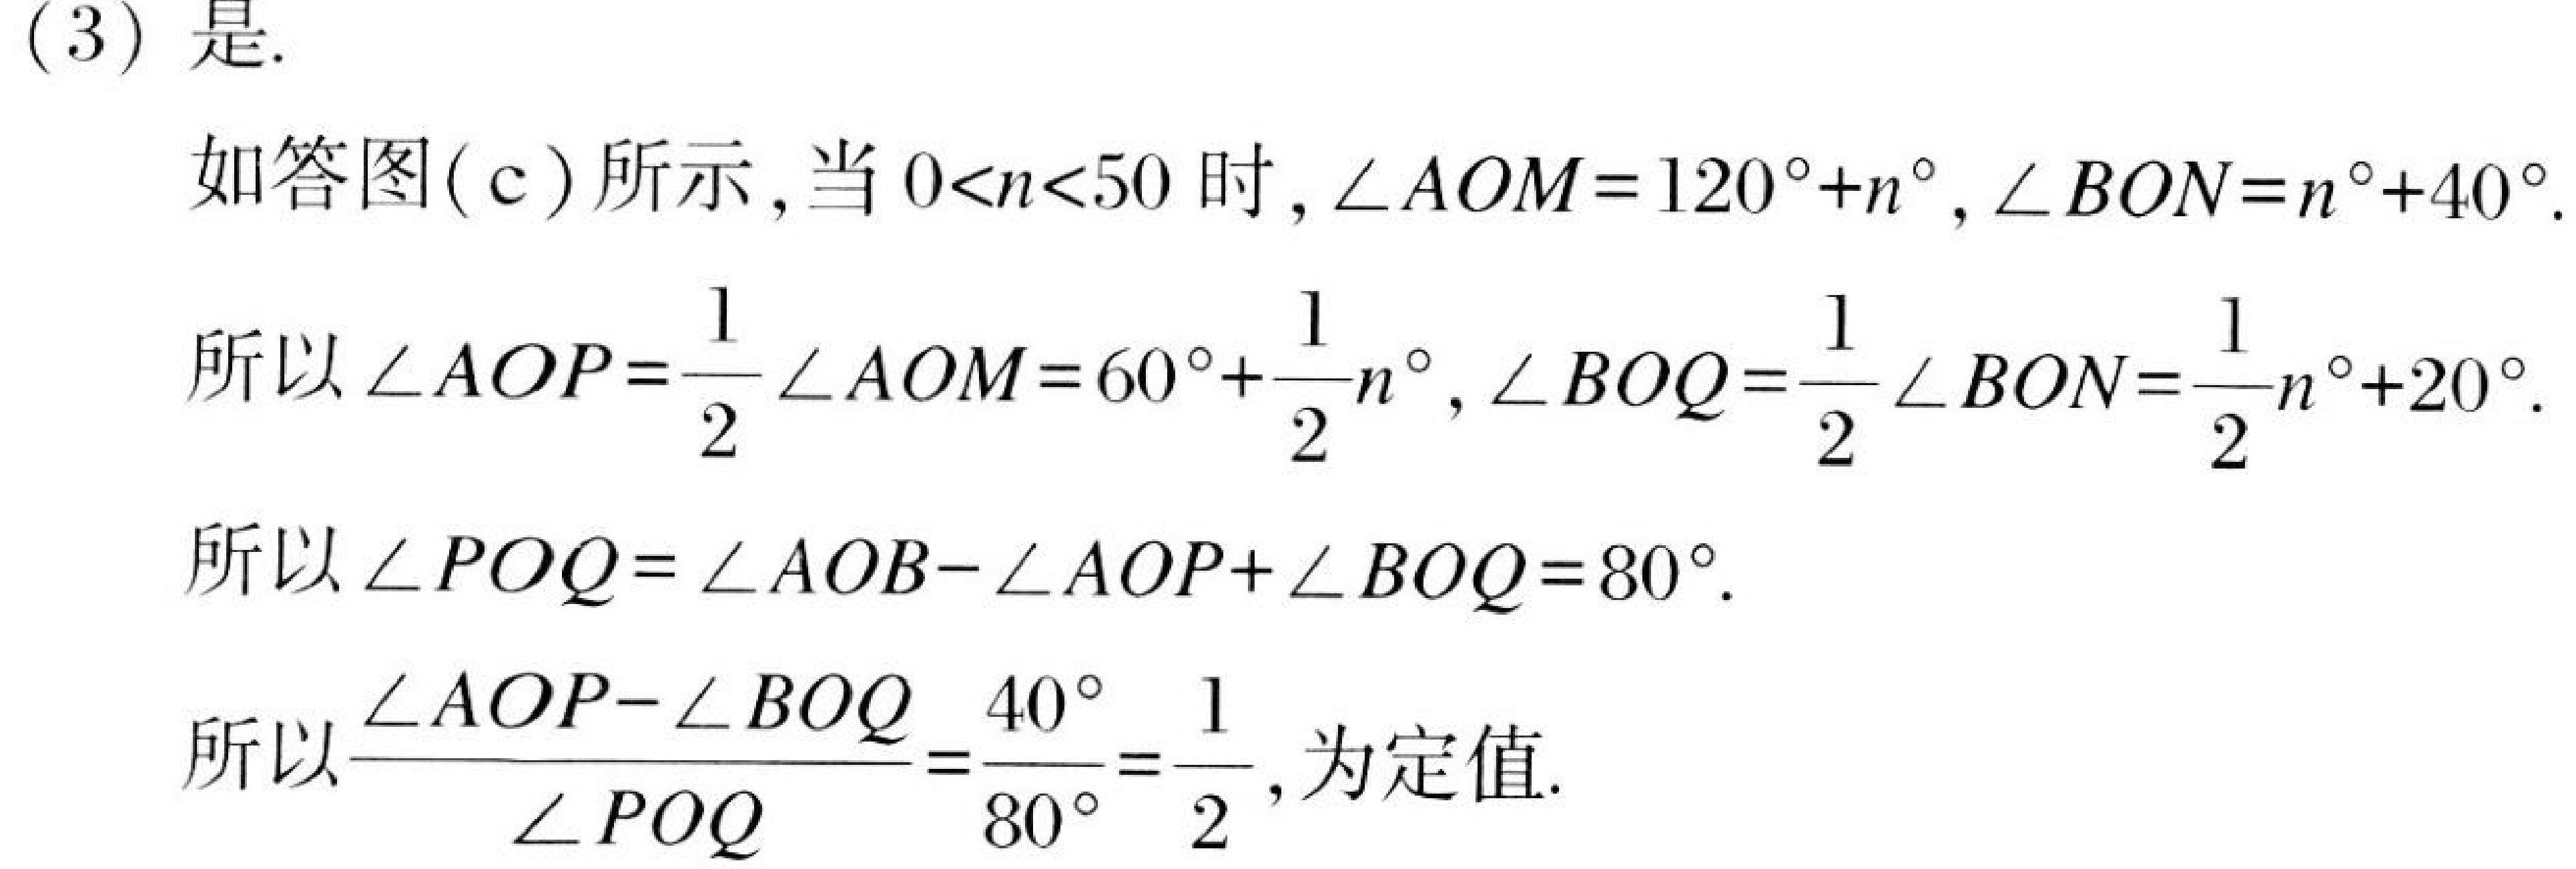
(3) 是.
如答图(c)所示,当 \(0 < n < 50\) 时, \(\angle AOM = 120^{\circ}+n^{\circ}\), \(\angle BON = n^{\circ}+40^{\circ}\).
所以 \(\angle AOP=\frac{1}{2}\angle AOM = 60^{\circ}+\frac{1}{2}n^{\circ}\), \(\angle BOQ=\frac{1}{2}\angle BON=\frac{1}{2}n^{\circ}+20^{\circ}\).
所以 \(\angle POQ=\angle AOB - \angle AOP+\angle BOQ = 80^{\circ}\).
所以 \(\frac{\angle AOP - \angle BOQ}{\angle POQ}=\frac{40^{\circ}}{80^{\circ}}=\frac{1}{2}\),为定值.